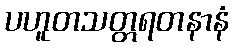
ပဟူတသတ္တရတနာနံ